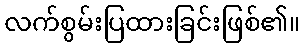
လက်စွမ်းပြထားခြင်းဖြစ်၏။